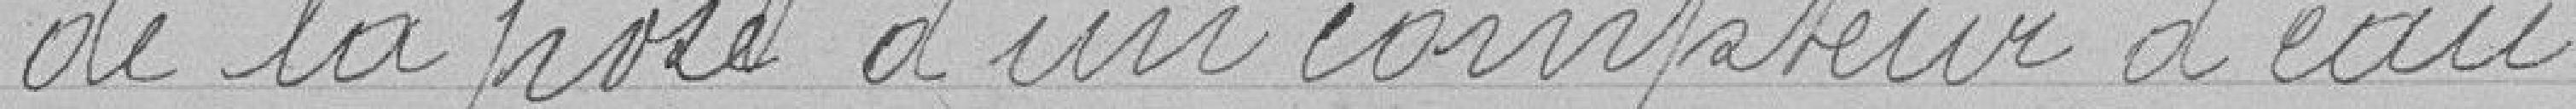
de la pise d'un compteur d'eau.